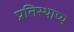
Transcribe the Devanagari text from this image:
प्रतिस्थाप्य